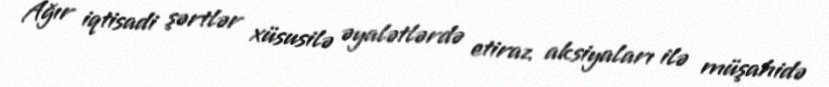
Ağır iqtisadi şərtlər xüsusilə əyalətlərdə etiraz aksiyaları ilə müşahidə